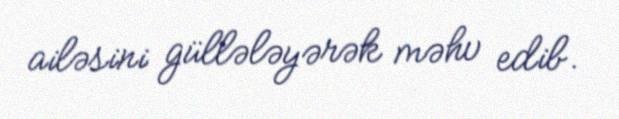
ailəsini güllələyərək məhv edib.